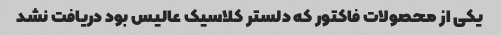
یکی از محصولات فاکتور که دلستر کلاسیک عالیس بود دریافت نشد